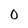
Character: O